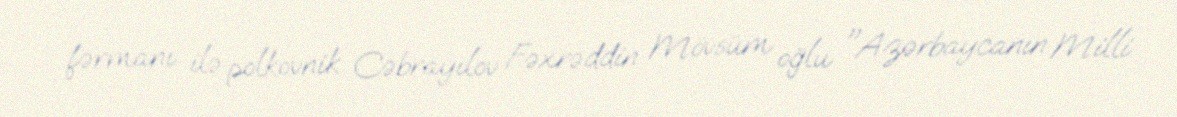
fərmanı ilə polkovnik Cəbrayılov Fəxrəddin Mövsüm oğlu "Azərbaycanın Milli